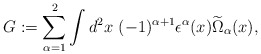
\begin{align*}G:=\sum^2_{\alpha=1}\int d^2x~(-1)^{\alpha+1}\epsilon^\alpha(x)\widetilde\Omega_\alpha(x),\end{align*}